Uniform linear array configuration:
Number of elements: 32
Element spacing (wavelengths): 0.5
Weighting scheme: hamming
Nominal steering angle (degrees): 30
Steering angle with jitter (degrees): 28.096
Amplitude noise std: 0.05
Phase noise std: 0.05

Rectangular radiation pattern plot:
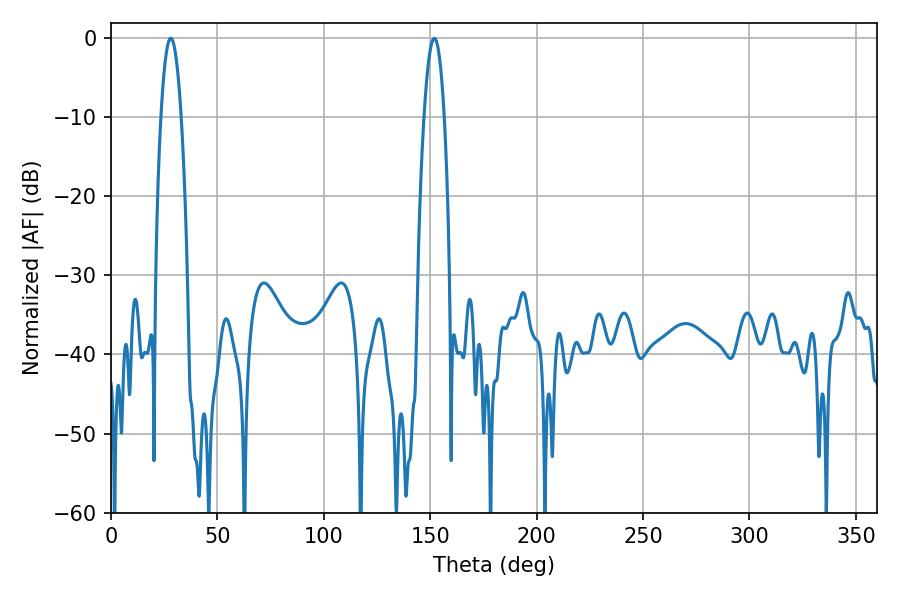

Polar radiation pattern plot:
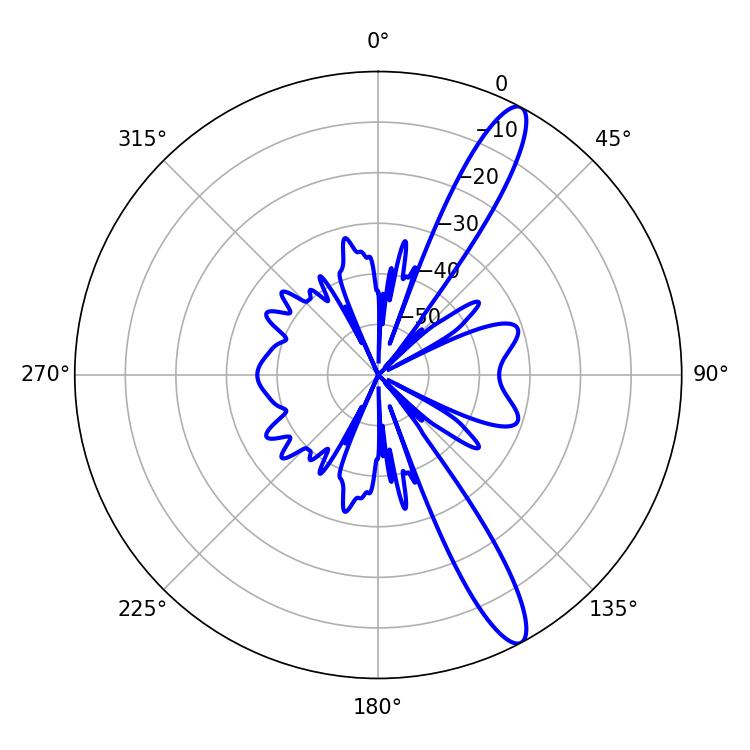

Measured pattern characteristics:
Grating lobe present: FALSE
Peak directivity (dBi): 13.31
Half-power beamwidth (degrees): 5.22
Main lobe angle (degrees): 28.08